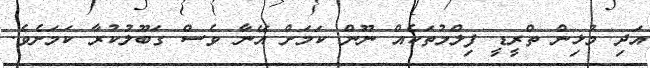
އަދި މުޅިން ތްރީޑީ ފިލްމުތަކެއް ނޫން ކަމަށް އޭނާ ވެސް ގަބޫލުކުރާ ކަމަށެވެ.